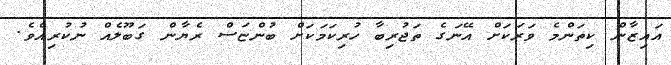
އައިޒާން ކިތަންމެ ވަރަކަށް އޭނަގެ ތަޖުރިބާ ހުރިކަމަކަށް ބުންޏަސް ރެޔާން ގަބޫލެއް ނުކުރިއެވެ.